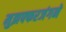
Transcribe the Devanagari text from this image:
मुझफ्फरजंगने